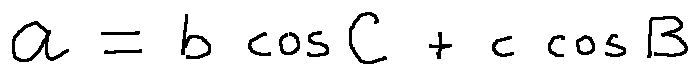
a = b \cos C + c \cos B